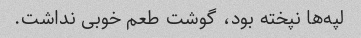
لپه‌ها نپخته بود، گوشت طعم خوبی نداشت.